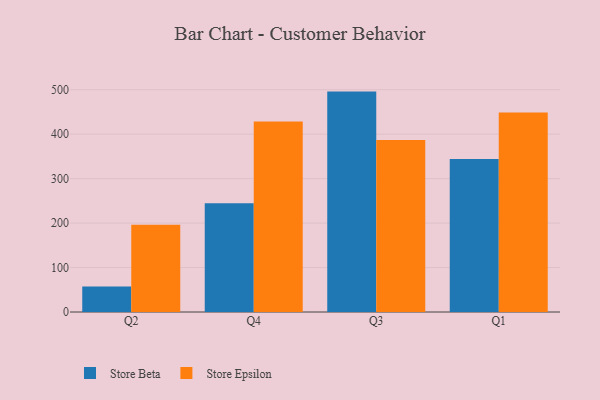
{"axis": {"x": "Quarter", "y": "Customer Acquisition Cost (USD)"}, "legend": ["Store Beta", "Store Epsilon"], "data": [{"x": "Q2", "y": 57.1, "type": "Store Beta"}, {"x": "Q2", "y": 196.2, "type": "Store Epsilon"}, {"x": "Q4", "y": 244.6, "type": "Store Beta"}, {"x": "Q4", "y": 428.6, "type": "Store Epsilon"}, {"x": "Q3", "y": 495.8, "type": "Store Beta"}, {"x": "Q3", "y": 386.8, "type": "Store Epsilon"}, {"x": "Q1", "y": 343.9, "type": "Store Beta"}, {"x": "Q1", "y": 449.0, "type": "Store Epsilon"}]}